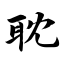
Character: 耽